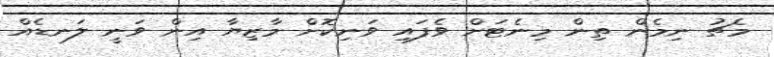
މެޗު ނިމެން ތިން މިނެޓަށް ވެފައި ވަނިކޮށް މާޒިޔާ އިން ވަނީ ލަނޑެއް